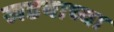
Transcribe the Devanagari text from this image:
खडयाच्या